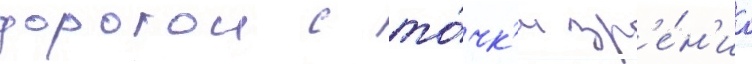
дорогои с то́чк'и зр'е́н'иа